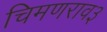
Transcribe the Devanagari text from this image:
चिमणराव३